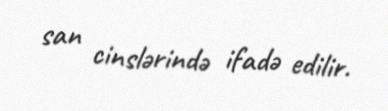
san cinslərində ifadə edilir.